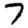
Digit: 7